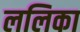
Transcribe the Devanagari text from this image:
ललिका